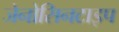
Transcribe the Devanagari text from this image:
जेनोसिनटाइप